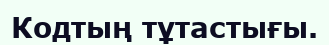
Кодтың тұтастығы.